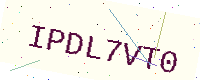
Text: IPDL7VT0